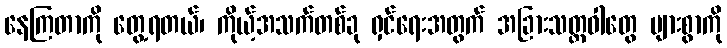
နေကြတာကို တွေ့ရတယ်၊ ကိုယ့်အသက်တစ်ခု ရှင်ရေးအတွက် အခြားသတ္တဝါတွေ များစွာကို